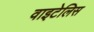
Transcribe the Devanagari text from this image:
वाइटेलिस